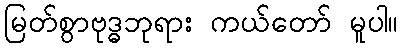
မြတ်စွာဗုဒ္ဓဘုရား ကယ်တော် မူပါ။